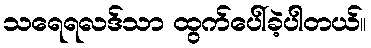
သရေရလဒ်သာ ထွက်ပေါ်ခဲ့ပါတယ်။